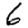
Digit: 6